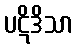
ပဋိဒိသာ